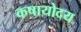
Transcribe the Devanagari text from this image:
कषायोदय